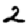
Digit: 2